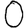
Digit: 0